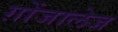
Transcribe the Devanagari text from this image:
ग़ोंजालेज